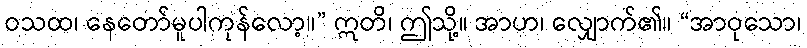
ဝသထ၊ နေတော်မူပါကုန်လော့။” ဣတိ၊ ဤသို့။ အာဟ၊ လျှောက်၏။ “အာဝုသော၊